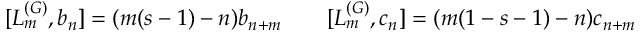
[ L _ { m } ^ { ( G ) } , b _ { n } ] = ( m ( s - 1 ) - n ) b _ { n + m } \qquad [ L _ { m } ^ { ( G ) } , c _ { n } ] = ( m ( 1 - s - 1 ) - n ) c _ { n + m }